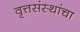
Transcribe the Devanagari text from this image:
वृत्तसंस्थांचा